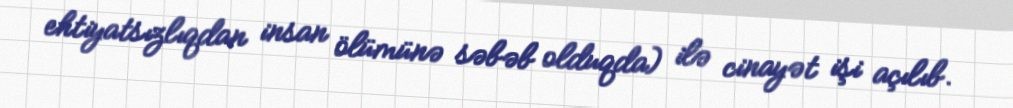
ehtiyatsızlıqdan insan ölümünə səbəb olduqda) ilə cinayət işi açılıb.